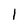
Character: 1